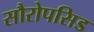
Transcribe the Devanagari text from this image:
सौरोपसिड